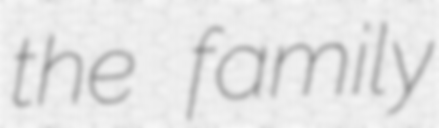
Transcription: the family